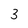
Character: 3